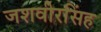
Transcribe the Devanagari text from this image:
जशवीरसिंह